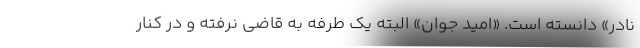
نادر» دانسته است. «امید جوان» البته یک طرفه به قاضی نرفته و در کنار